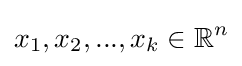
x_{1},x_{2},...,x_{k}\in \mathbb {R} ^{n}